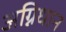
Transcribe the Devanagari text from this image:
अग्निधान